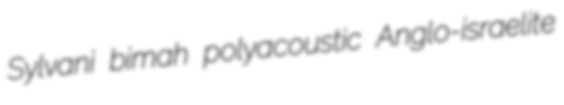
Sylvani bimah polyacoustic Anglo-israelite